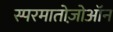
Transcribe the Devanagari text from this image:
स्परमातोज़ोऑन